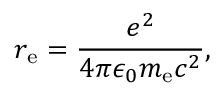
r _ { \mathrm { e } } = { \frac { e ^ { 2 } } { 4 \pi \epsilon _ { 0 } m _ { \mathrm { e } } c ^ { 2 } } } ,